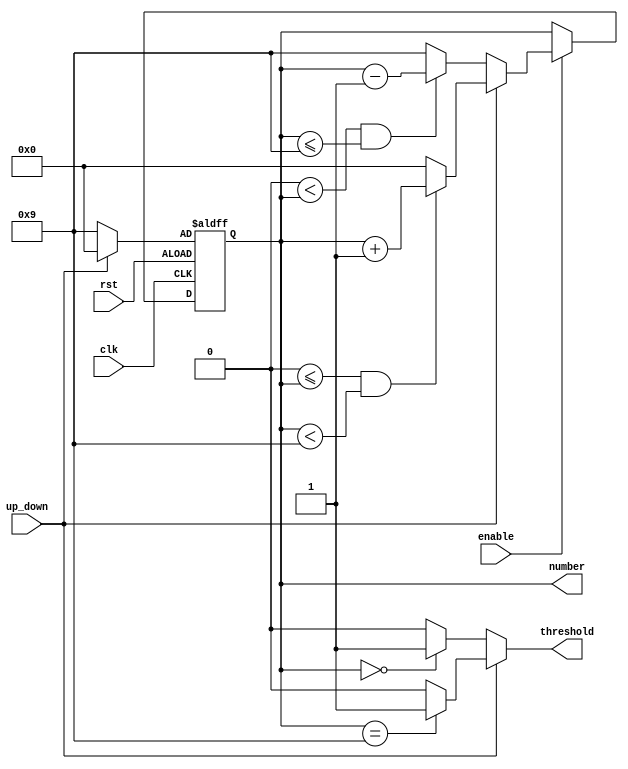
module Counter2 #(
      parameter BASE = 10,
      parameter NUMBER_OF_BITS = 4,
      parameter EXPOSE_NUMBER = 1
    )
    (   
      input wire clk,
      input wire rst,
      input wire enable,
      input wire up_down,
      output reg [(NUMBER_OF_BITS-1):0] number,
      output wire threshold
    );
  
  wire [(NUMBER_OF_BITS-1):0] numberIncrement;
  wire [(NUMBER_OF_BITS-1):0] numberDecrement;
  
  /* Combinational Logic */
  assign numberIncrement = ((0 <= number) && (number < (BASE-1)))? number+1:0;  // numberIn must be between [0:BASE-1[ for numberOut to be [0:BASE[ and be of base BASE
  assign numberDecrement = ((0 < number) && (number <= (BASE-1)))? number-1:BASE-1;
  assign threshold = (up_down)? ((number == BASE-1)? 1:0):((number == 0)? 1:0);
  
  /* Sequential Logic */
  // Async rst
  always @(posedge clk, posedge rst) begin
    if (rst) begin
      number <= (up_down)? 0:(BASE-1);
    end else if (enable) begin
      number = (up_down)? numberIncrement:numberDecrement;
    end
  end
  
endmodule